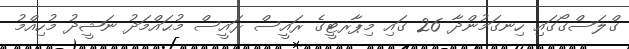
ގްލަސްގޯގައި ހިނގަމުންދާ 26 ގައި މިޕާރޓީގެ ރައީސް ރައީސް މުޙައްމަދު ނަޝީދު މުހިއްމު